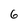
Character: 6